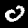
Digit: 0